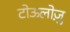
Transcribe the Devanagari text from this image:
टोऊलोज़ु